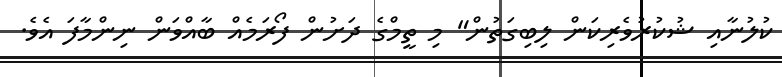
ކުލުނާއި ޝުކުރުވެރިކަން ލިބިގަތުން" މި ތީމްގެ ދަށުން ފޯރަމެއް ބާއްވަން ނިންމާފަ އެވެ.